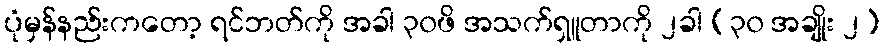
ပုံမှန်နည်းကတော့ ရင်ဘတ်ကို အခါ ၃၀ဖိ အသက်ရှူတာကို ၂ခါ (၃၀ အချိုး ၂)